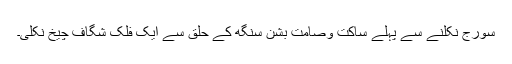
سُورج نکلنے سے پہلے ساکت وصامت بشن سنگھ کے حلق سے ایک فلک شگاف چیخ نکلی۔